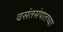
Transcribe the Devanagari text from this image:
वसंतसंपातच्या